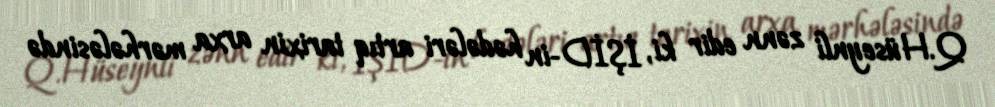
Q.Hüseynli zənn edir ki, İŞİD-in hədələri artıq tarixin arxa mərhələsində